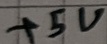
Text: +5V